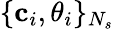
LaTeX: \{ \mathbf{c}_{i},\theta_{i}\} _{N_{s}}